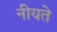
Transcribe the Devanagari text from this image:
नीयते